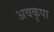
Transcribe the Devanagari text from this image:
अवकृपा